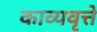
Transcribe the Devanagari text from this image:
काव्यवृत्ते